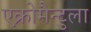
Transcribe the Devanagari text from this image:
एक्रोमैन्टुला